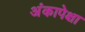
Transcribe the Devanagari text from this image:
अंकापेक्षा